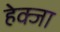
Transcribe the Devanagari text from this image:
हेक्जा